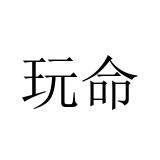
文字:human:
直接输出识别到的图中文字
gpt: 玩命